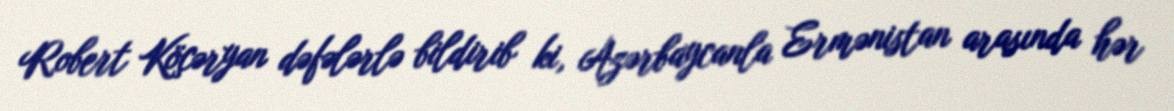
Robert Köçəryan dəfələrlə bildirib ki, Azərbaycanla Ermənistan arasında hər